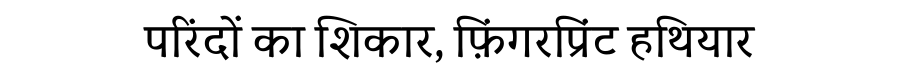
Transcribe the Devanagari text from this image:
परिंदों का शिकार, फ़िंगरप्रिंट हथियार